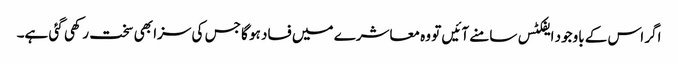
اگر اس کے باوجود ایفکٹس سامنے آئیں تو وہ معاشرے میں فساد ہو گا جس کی سزا بھی سخت رکھی گئی ہے۔